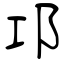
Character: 邛